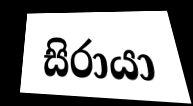
සිරායා